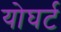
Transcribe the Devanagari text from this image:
योघर्ट